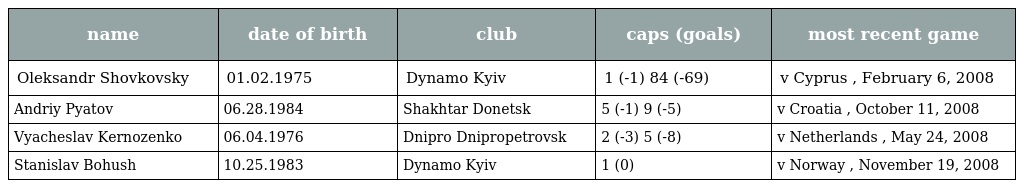
| name | date of birth | club | caps (goals) | most recent game |
 | --- | --- | --- | --- | --- |
 | Oleksandr Shovkovsky | 01.02.1975 | Dynamo Kyiv | 1 (-1) 84 (-69) | v Cyprus , February 6, 2008 |
 | Andriy Pyatov | 06.28.1984 | Shakhtar Donetsk | 5 (-1) 9 (-5) | v Croatia , October 11, 2008 |
 | Vyacheslav Kernozenko | 06.04.1976 | Dnipro Dnipropetrovsk | 2 (-3) 5 (-8) | v Netherlands , May 24, 2008 |
 | Stanislav Bohush | 10.25.1983 | Dynamo Kyiv | 1 (0) | v Norway , November 19, 2008 |